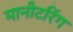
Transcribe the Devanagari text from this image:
मानीटरिंग